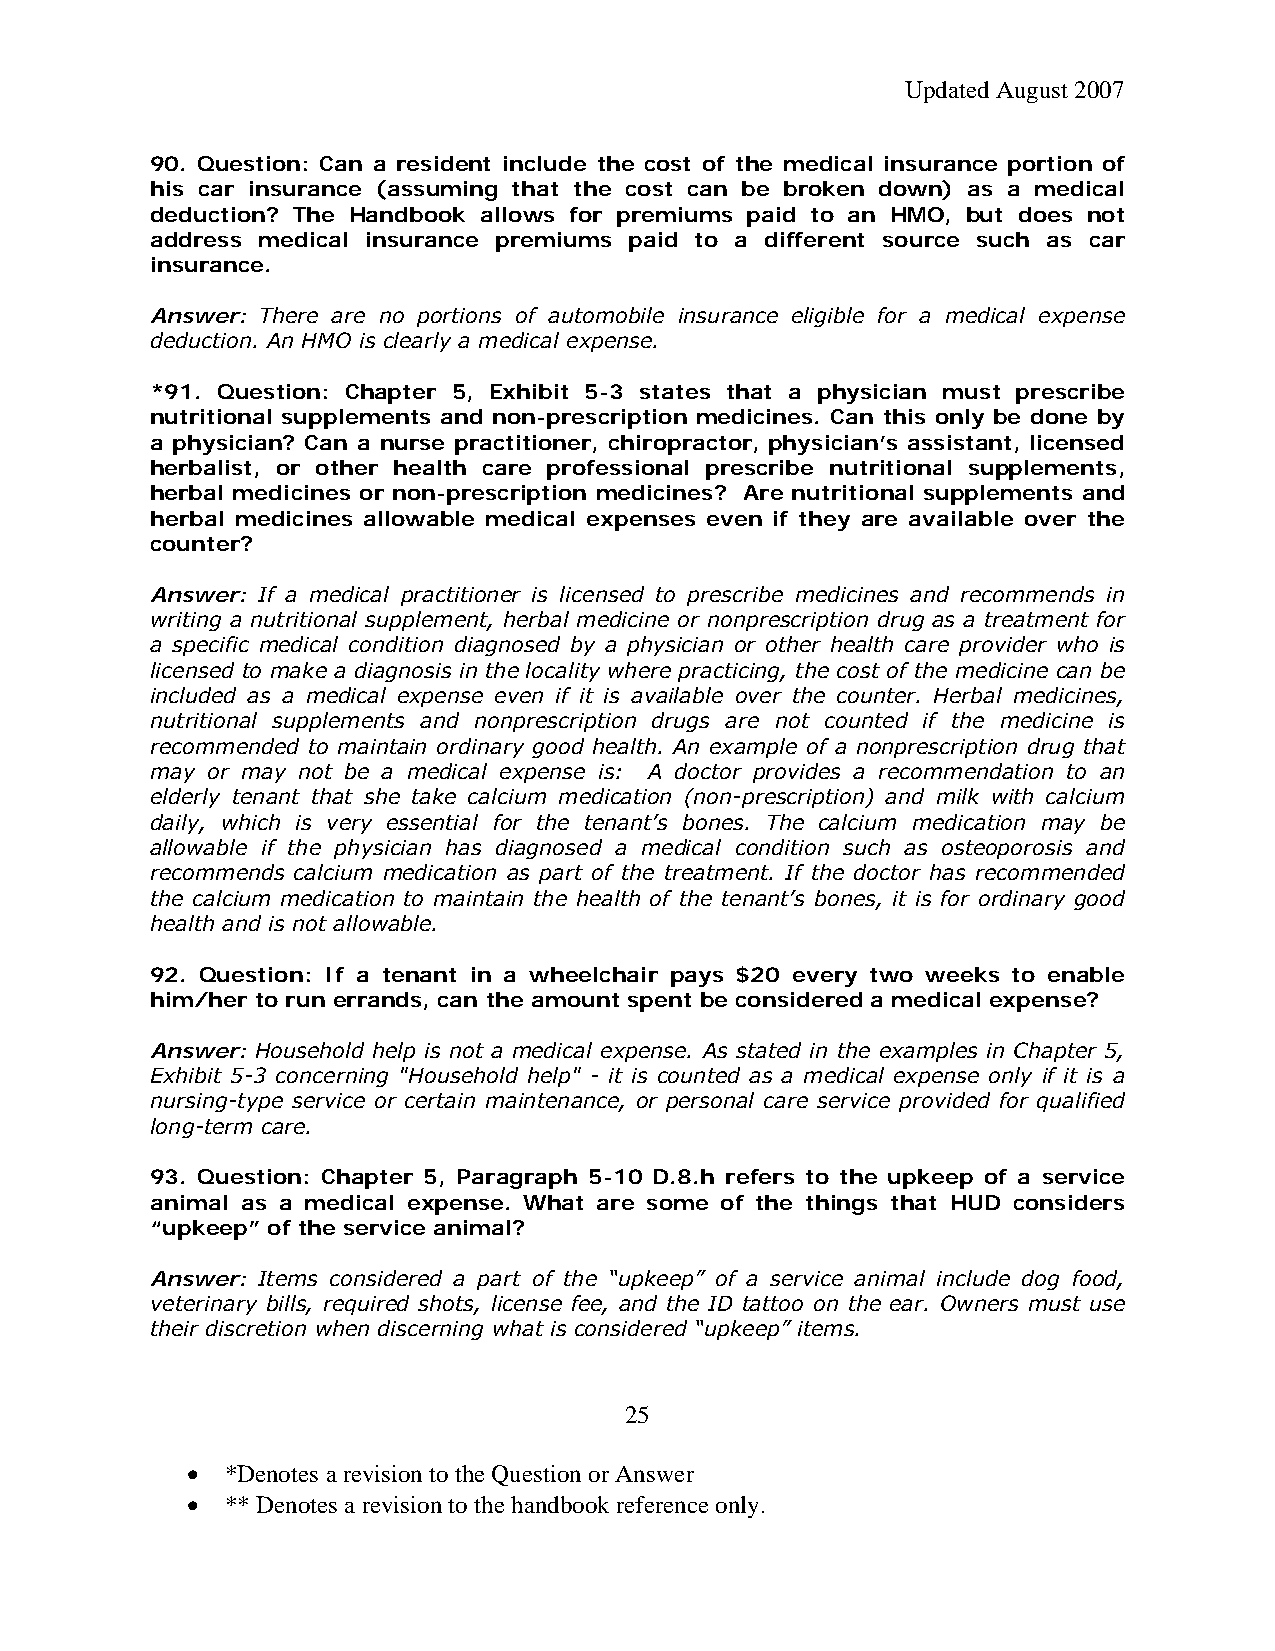
Updated August 2007
 90. Question: Can a resident include the cost of the medical insurance portion of
 his car insurance (assuming that the cost can be broken down) as a medical
 deduction? The Handbook allows for premiums paid to an HMO, but does not
 address medical insurance premiums paid to a different source such as car
 insurance.
 Answer: There are no portions of automobile insurance eligible for a medical expense
 deduction. An HMO is clearly a medical expense.
 *91. Question: Chapter 5, Exhibit 5-3 states that a physician must prescribe
 nutritional supplements and non-prescription medicines. Can this only be done by
 a physician? Can a nurse practitioner, chiropractor, physician’s assistant, licensed
 herbalist, or other health care professional prescribe nutritional supplements,
 herbal medicines or non-prescription medicines? Are nutritional supplements and
 herbal medicines allowable medical expenses even if they are available over the
 counter?
 Answer: If a medical practitioner is licensed to prescribe medicines and recommends in
 writing a nutritional supplement, herbal medicine or nonprescription drug as a treatment for
 a specific medical condition diagnosed by a physician or other health care provider who is
 licensed to make a diagnosis in the locality where practicing, the cost of the medicine can be
 included as a medical expense even if it is available over the counter. Herbal medicines,
 nutritional supplements and nonprescription drugs are not counted if the medicine is
 recommended to maintain ordinary good health. An example of a nonprescription drug that
 may or may not be a medical expense is: A doctor provides a recommendation to an
 elderly tenant that she take calcium medication (non-prescription) and milk with calcium
 daily, which is very essential for the tenant’s bones. The calcium medication may be
 allowable if the physician has diagnosed a medical condition such as osteoporosis and
 recommends calcium medication as part of the treatment. If the doctor has recommended
 the calcium medication to maintain the health of the tenant’s bones, it is for ordinary good
 health and is not allowable.
 92. Question: If a tenant in a wheelchair pays $20 every two weeks to enable
 him/her to run errands, can the amount spent be considered a medical expense?
 Answer: Household help is not a medical expense. As stated in the examples in Chapter 5,
 Exhibit 5-3 concerning "Household help" - it is counted as a medical expense only if it is a
 nursing-type service or certain maintenance, or personal care service provided for qualified
 long-term care.
 93. Question: Chapter 5, Paragraph 5-10 D.8.h refers to the upkeep of a service
 animal as a medical expense. What are some of the things that HUD considers
 “upkeep” of the service animal?
 Answer: Items considered a part of the “upkeep” of a service animal include dog food,
 veterinary bills, required shots, license fee, and the ID tattoo on the ear. Owners must use
 their discretion when discerning what is considered “upkeep” items.
 25
 •  *Denotes a revision to the Question or Answer
 •  ** Denotes a revision to the handbook reference only.